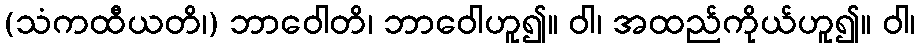
(သံကထီယတိ၊) ဘာဝေါတိ၊ ဘာဝေါဟူ၍။ ဝါ၊ အထည်ကိုယ်ဟူ၍။ ဝါ၊